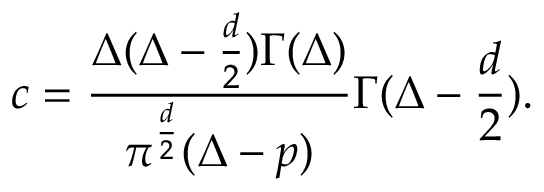
c = { \frac { \Delta ( \Delta - { \frac { d } { 2 } } ) \Gamma ( \Delta ) } { \pi ^ { \frac { d } { 2 } } ( \Delta - p ) } } \Gamma ( \Delta - { \frac { d } { 2 } } ) .